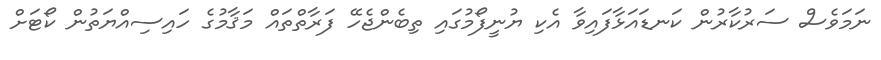
ނަމަވެސް ސަރުކާރުން ކަނޑައަޅާފައިވާ އެކި ޔުނީފޯމުގައި ތިބެންޖެހޭ ފަރާތްތައް މަޤާމުގެ ހައިސިއްޔަތުން ކޯޓަށް